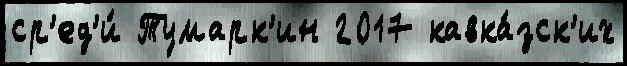
ср'ед'и́ Тумарк'ин 2017 кавка́зск'их